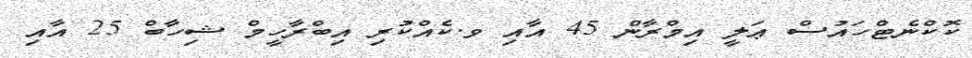
ކޮކްނެޓްހައުސް ޢަލީ އިމްރާން 45 އާއި ވ.ކެއްކުރި އިބްރާހީމް ޝިހާބް 25 އާއި